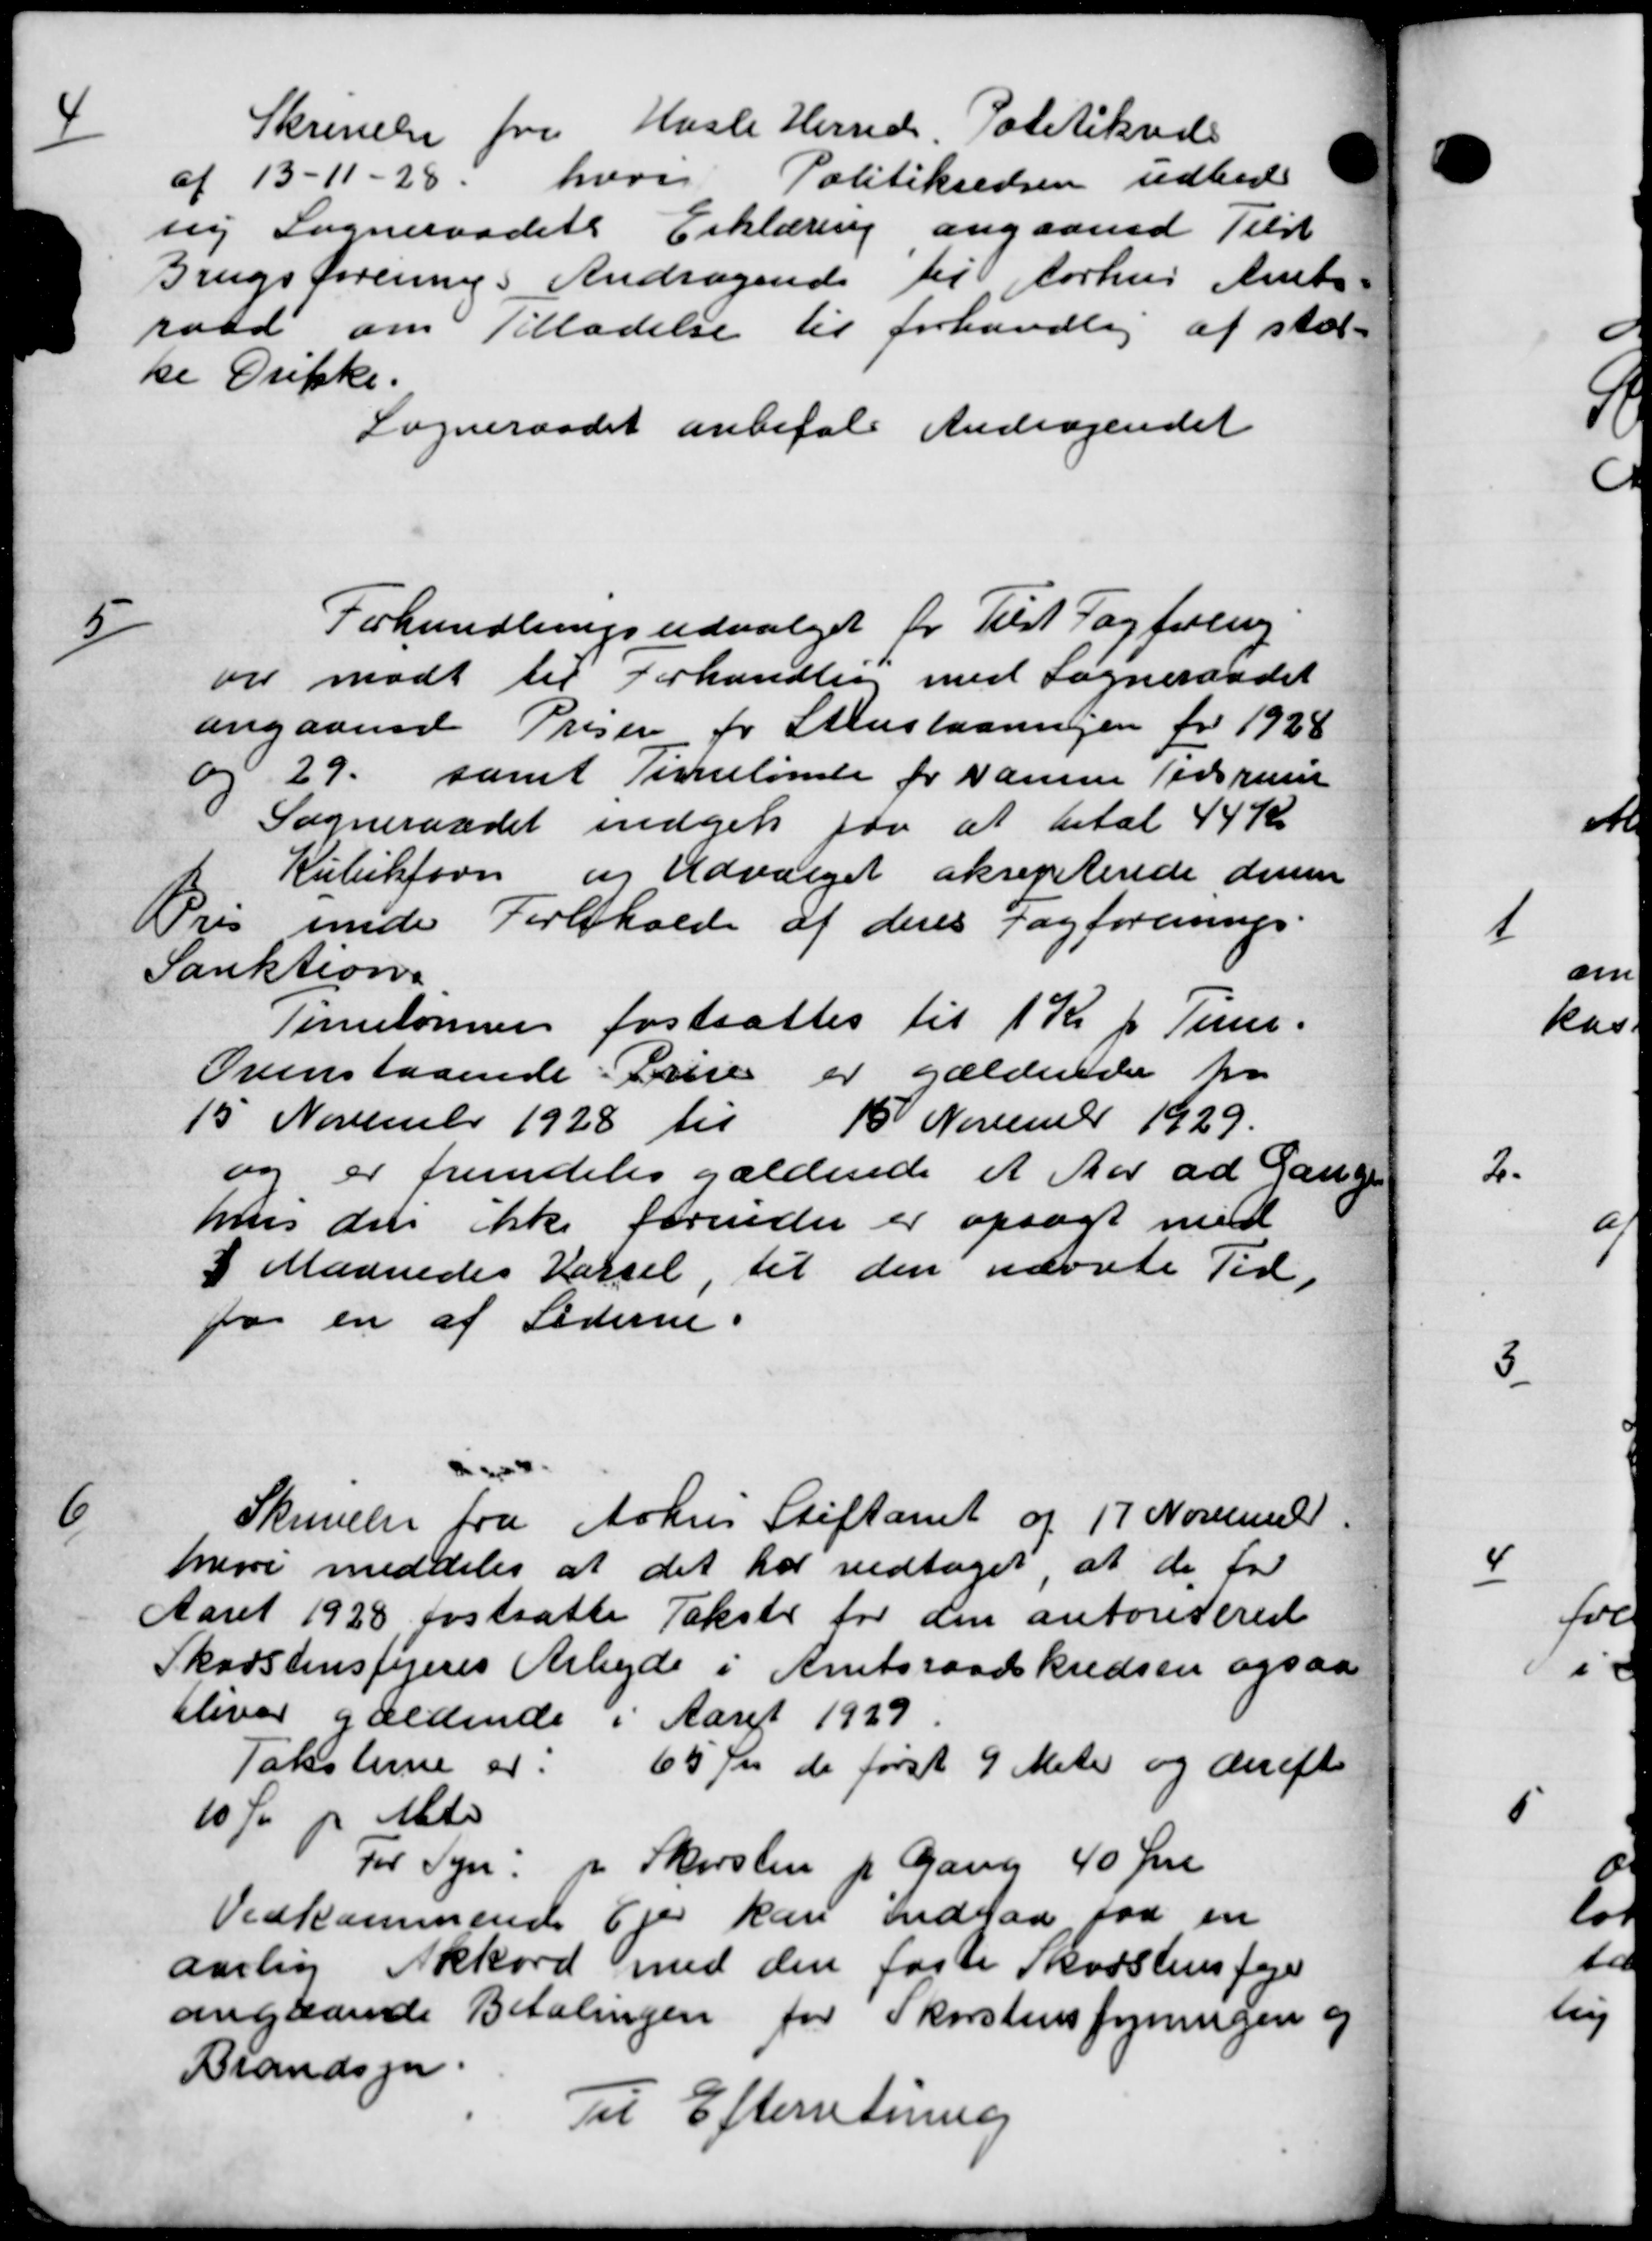
Transskription:
4
Skrivelse fra Hasle Herreds Politikreds
af 13-11-28, hvor Politikredsen udbede
sig Sogneraadets Erklæring angaaende Tilst
Brugsforenings Andragende til Aarhus Amts-
raad om Tilladelse til forhandlig at stol-
ke Drikke.
Sogneraadet anbefale Andragendet
5
Forhandlingsudvalget for Tilst Fagforening
ør mødt til Forhandles med Sogneraadet
angaaende Priser for Stenslaaningen for 1928
og 29 samt Timelønne for samme Tidsrum
Sogneraadet indgik for at betal 44 Kr
Kubikfavn og Udvalget aksepterede denne
Pris unde Forbeholde af deres Fagforenings-
Sanktione
Timelønnen fastsattes til 1 Kr pr Timer.
Ovenstaaende Prise er gældende ho
15 November 1928 til 15 November 1929.
og er fremdeles gældende et Aar ad Gange
hus den ikke forinder er opsagt med
I Maanedes Kørsel, til den nævnte Tid,
for en af Lederne.
6
Skrivelse fra Århus Stiftamt af 17 November
heri meddeles at det har vedtaget, at de for
Aaret 1928 fastsatte Takster for den autoriteres
Skorstensfejeres Arbejde i Amtsraadskredsen ogsaa
bliver gældende i Aaret 1929
Taksterne er 65 Øre de først 9 Meter og derefter
10 Øre pr Mtr
For Syn i Skovsten p. Gang 40 Øre
Vedkommende Ever kan indlaa faa en
aarlig Akkord med den faste Skovstensfeje
angaaende Betalingen for Skorstensfejningen og
Brandsyn.
Til Efterretning